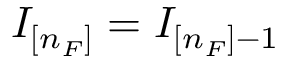
I _ { [ n _ { F } ] } = I _ { [ n _ { F } ] - 1 }